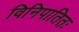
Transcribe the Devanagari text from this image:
विनिपातितः